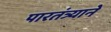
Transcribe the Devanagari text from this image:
पारतंत्र्याने